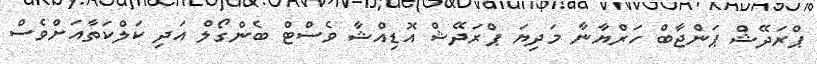
ޕްރަދޭޝް ޕަންޖާބް ހަރްޔާނާ މަދިޔަ ޕްރަދޭޝް އޮޑިއްޝާ ވެސްޓް ބެންގޯލް އަދި ކަލްކަތާއަށްވެސް